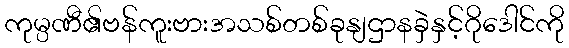
ကုမ္ပဏီ၏ဗန်ကူးဗားအသစ်တစ်ခုနျဌာနခှဲနှင့်ဂိုဒေါင်ကို